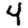
Digit: 4